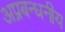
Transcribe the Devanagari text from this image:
अप्रबन्धनीय